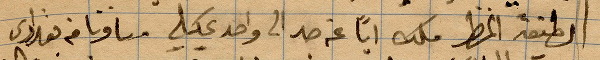
لطيفة المطر مكث ابًا عن جد الى واحد عليه وسافرنا من بغدادي